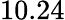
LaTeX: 10.24